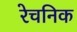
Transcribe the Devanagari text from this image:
रेचनिक